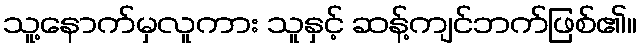
သူ့နောက်မှလူကား သူနှင့် ဆန့်ကျင်ဘက်ဖြစ်၏။